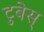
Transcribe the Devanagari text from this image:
टुबेस्